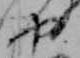
や